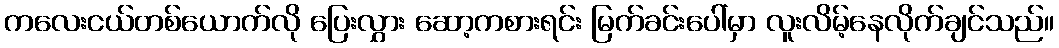
ကလေးငယ်တစ်ယောက်လို ပြေးလွှား ဆော့ကစားရင်း မြက်ခင်းပေါ်မှာ လူးလိမ့်နေလိုက်ချင်သည်။